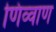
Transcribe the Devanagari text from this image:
णिव्वाण